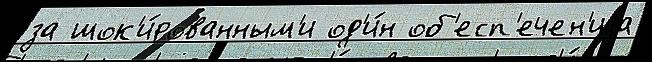
за шок'и́рованным'и од'и́н об'есп'ечен'иjа